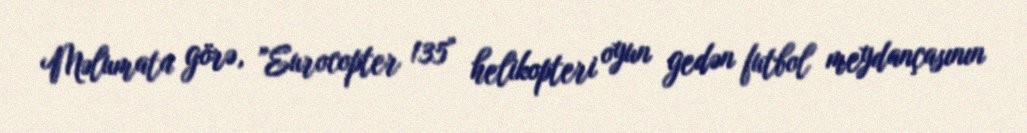
Məlumata görə, "Eurocopter 135" helikopteri oyun gedən futbol meydançasının